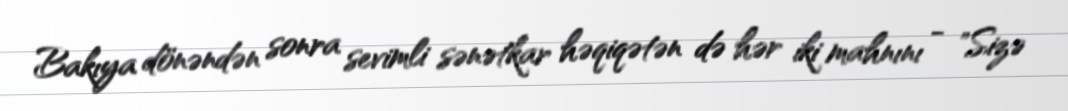
Bakıya dönəndən sonra sevimli sənətkar həqiqətən də hər iki mahnını - "Sizə